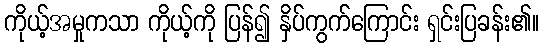
ကိုယ့်အမှုကသာ ကိုယ့်ကို ပြန်၍ နှိပ်ကွက်ကြောင်း ရှင်းပြခန်း၏။